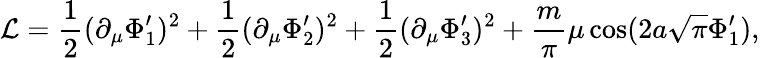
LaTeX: {\cal L}=\frac{1}{2}(\partial_{\mu}\Phi_{1}^{\prime})^{2}+\frac{1}{2}(\partial_{\mu}\Phi_{2}^{\prime})^{2}+\frac{1}{2}(\partial_{\mu}\Phi_{3}^{\prime})^{2}+\frac{m}{\pi}\mu\cos(2a\sqrt{\pi}\Phi_{1}^{\prime}),